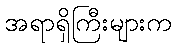
အရာရှိကြီးများက